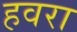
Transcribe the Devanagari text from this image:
हवरा